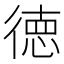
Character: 徳